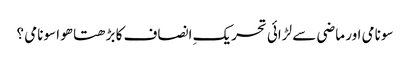
سونامی اور ماضی سے لڑائی	تحریکِ انصاف کا بڑھتا ھوا سونامی ؟